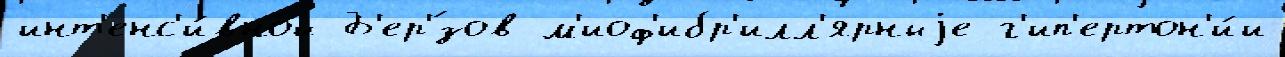
инт'енс'и́вной Б'ер'́зов м'иоф'ибр'илл'ярныjе г'ип'ертон'и́и